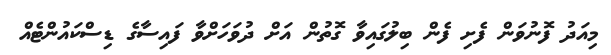
މިއަދު ފޮނުވަން ފެށި ފެން ބިލުގައިވާ ގޮތުން އަށް ދުވަހަށްވާ ފައިސާގެ ޑިސްކައުންޓެއް